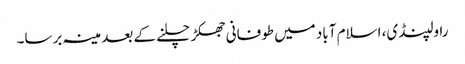
راولپنڈی، اسلام آباد میں طوفانی جھکڑ چلنے کے بعد مینہ برسا۔